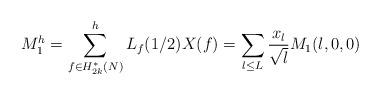
LaTeX: \begin{align*}M_{1}^h=\sum_{f \in H_{2k}^{*}(N)}^{h}L_f(1/2)X(f)=\sum_{l \leq L}\frac{x_l}{\sqrt{l}}M_1(l,0,0)\end{align*}